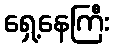
ရှေ့နေကြီး